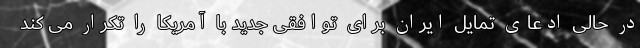
در حالی ادعای تمایل ایران برای توافقی جدید با آمریکا را تکرار می کند